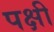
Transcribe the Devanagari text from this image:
पक्षी